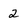
Character: 2